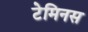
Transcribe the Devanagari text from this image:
टेमिनस